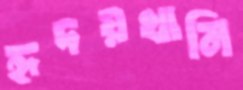
হৃদয়খানি